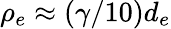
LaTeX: \rho_{e}\approx(\gamma/10)d_{e}